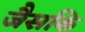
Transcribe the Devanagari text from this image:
जैसकि